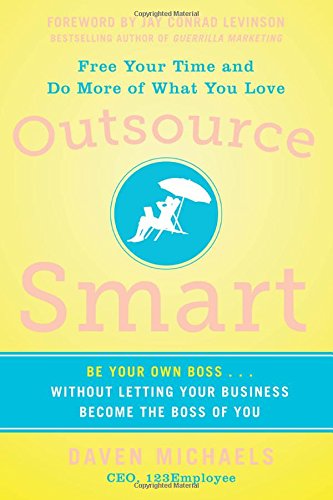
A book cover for Outsource Smart:  Be Your Own Boss . . . Without Letting Your Business Become the Boss of You; Daven Michaels; Business & Money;